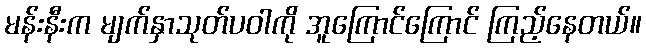
မန်းနီးက မျက်နှာသုတ်ပဝါကို အူကြောင်ကြောင် ကြည့်နေတယ်။